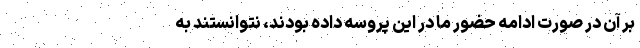
بر آن در صورت ادامه حضور ما در این پروسه داده بودند، نتوانستند به